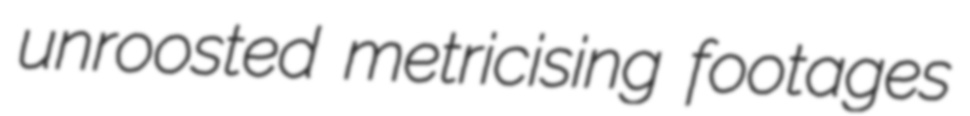
unroosted metricising footages